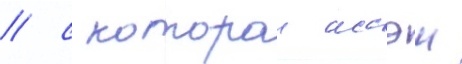
/ с которои иссэи